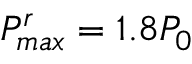
P _ { m a x } ^ { r } = 1 . 8 P _ { 0 }